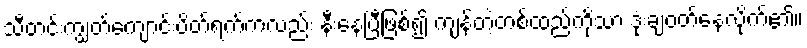
သီတင်းကျွတ်ကျောင်းပိတ်ရက်ကလည်း နီးနေပြီဖြစ်၍ ကျန်တဲ့တစ်ထည်ကိုသာ ဒုံးချဝတ်နေလိုက်၏။